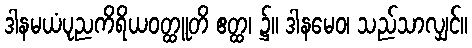
ဒါနမယံပုညကိရိယဝတ္ထူတိ ဧတ္ထ၊ ၌။ ဒါနမေဝ၊ သည်သာလျှင်။